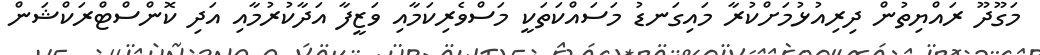
މަގޫދޫ ރައްޔިތުން ދިރިއުޅުމަށްކުރާ މައިގަނޑު މަސައްކަތަކީ މަސްވެރިކަމާއި ވަޒީފާ އަދާކުރުމާއި އަދި ކޮންސްޓްރަކްޝަން